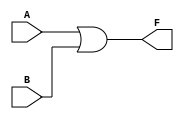
module kmap_two_variable (
    input wire A,  // Input variable A
    input wire B,  // Input variable B
    output wire F  // Output function F(A, B)
);

// Implementing the simplified Boolean expression F(A, B) = A + B
assign F = A | B;

endmodule